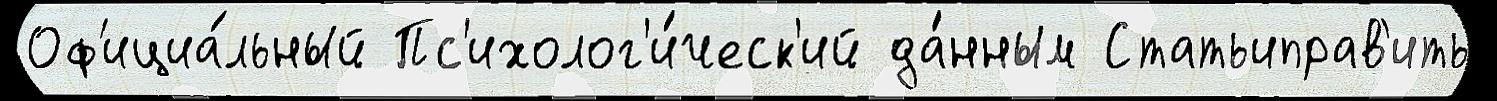
Оф'ициа́льный Пс'ихолог'и́ческ'ий да́нным Статьиправ'ить